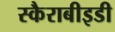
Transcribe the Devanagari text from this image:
स्कैराबीइडी